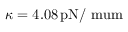
\kappa = 4 . 0 8 \, \mathrm { { p N / \ m u m } }